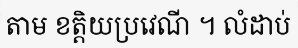
តាម ខត្តិយប្រវេណី ។ លំដាប់